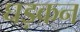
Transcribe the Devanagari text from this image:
घड़कन